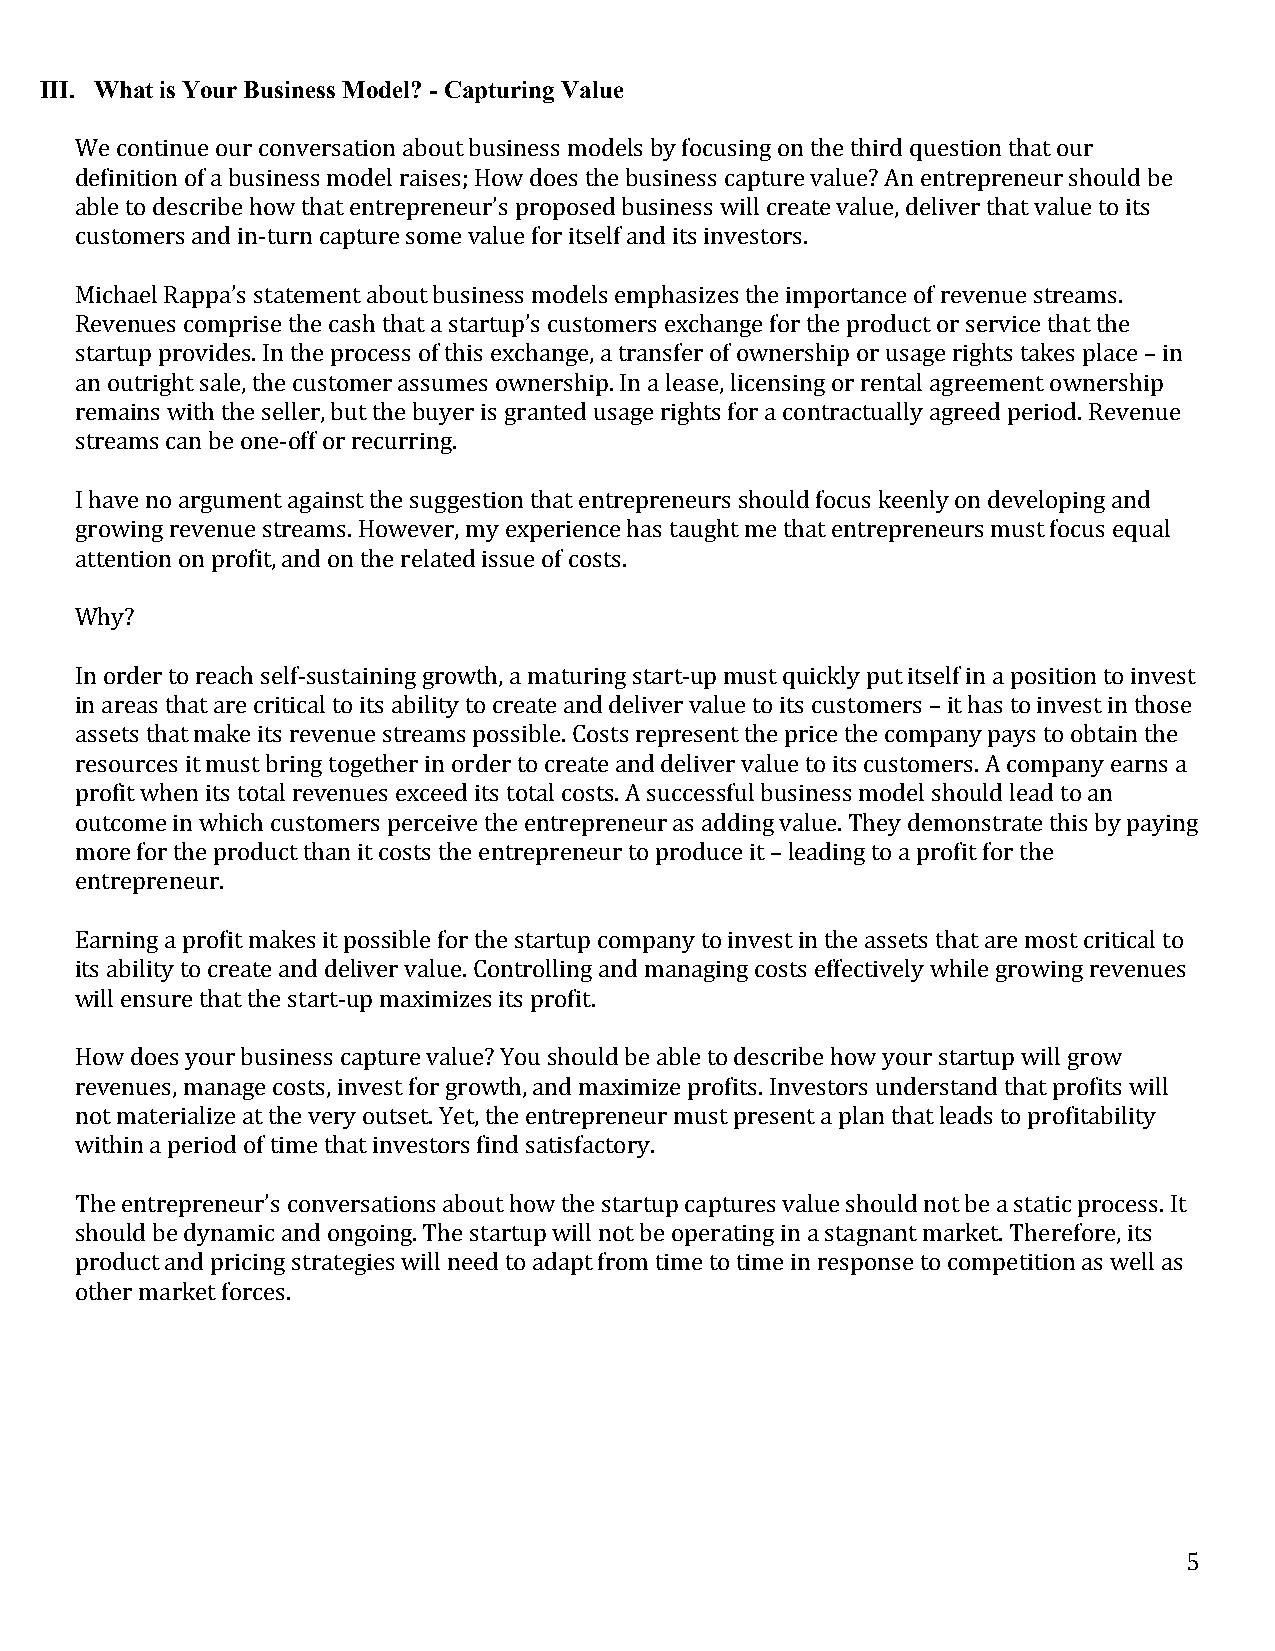
III. What is Your Business Model? - Capturing Value
 We continue our conversation about business models by focusing on the third question that our
 definition of a business model raises; How does the business capture value? An entrepreneur should be
 able to describe how that entrepreneur’s proposed business will create value, deliver that value to its
 customers and in-­‐turn capture some value for itself and its investors.
 Michael Rappa’s statement about business models emphasizes the importance of revenue streams.
 Revenues comprise the cash that a startup’s customers exchange for the product or service that the
 startup provides. In the process of this exchange, a transfer of ownership or usage rights takes place – in
 an outright sale, the customer assumes ownership. In a lease, licensing or rental agreement ownership
 remains with the seller, but the buyer is granted usage rights for a contractually agreed period. Revenue
 streams can be one-­‐off or recurring.
 I have no argument against the suggestion that entrepreneurs should focus keenly on developing and
 growing revenue streams. However, my experience has taught me that entrepreneurs must focus equal
 attention on profit, and on the related issue of costs.
 Why?
 In order to reach self-­‐sustaining growth, a maturing start-­‐up must quickly put itself in a position to invest
 in areas that are critical to its ability to create and deliver value to its customers – it has to invest in those
 assets that make its revenue streams possible. Costs represent the price the company pays to obtain the
 resources it must bring together in order to create and deliver value to its customers. A company earns a
 profit when its total revenues exceed its total costs. A successful business model should lead to an
 outcome in which customers perceive the entrepreneur as adding value. They demonstrate this by paying
 more for the product than it costs the entrepreneur to produce it – leading to a profit for the
 entrepreneur.
 Earning a profit makes it possible for the startup company to invest in the assets that are most critical to
 its ability to create and deliver value. Controlling and managing costs effectively while growing revenues
 will ensure that the start-­‐up maximizes its profit.
 How does your business capture value? You should be able to describe how your startup will grow
 revenues, manage costs, invest for growth, and maximize profits. Investors understand that profits will
 not materialize at the very outset. Yet, the entrepreneur must present a plan that leads to profitability
 within a period of time that investors find satisfactory.
 The entrepreneur’s conversations about how the startup captures value should not be a static process. It
 should be dynamic and ongoing. The startup will not be operating in a stagnant market. Therefore, its
 product and pricing strategies will need to adapt from time to time in response to competition as well as
 other market forces.
 5